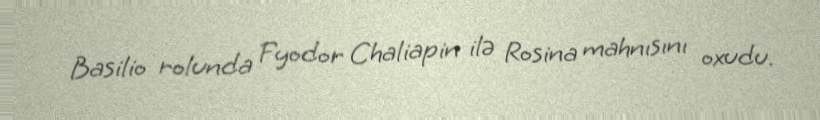
Basilio rolunda Fyodor Chaliapin ilə Rosina mahnısını oxudu.